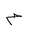
Letter: _mim